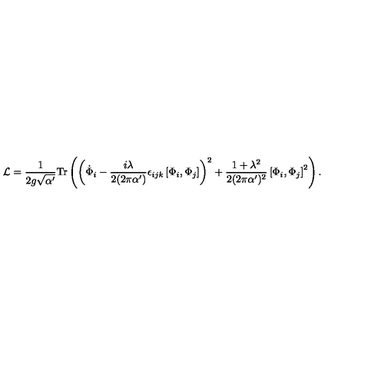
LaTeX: { \cal L } = { \frac { 1 } { 2 g \sqrt { \alpha ^ { \prime } } } } \mathrm { T r } \left( \left( { \dot { \Phi } } _ { i } - { \frac { i \lambda } { 2 ( 2 \pi \alpha ^ { \prime } ) } } \epsilon _ { i j k } \left[ \Phi _ { i } , \Phi _ { j } \right] \right) ^ { 2 } + { \frac { 1 + \lambda ^ { 2 } } { 2 ( 2 \pi \alpha ^ { \prime } ) ^ { 2 } } } \left[ \Phi _ { i } , \Phi _ { j } \right] ^ { 2 } \right) .